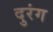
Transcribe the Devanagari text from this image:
दुरंग